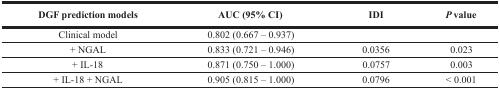
<table><thead><tr><td colspan="2"><b>DGF prediction models</b></td><td><b>AUC (95% CI)</b></td><td><b>IDI</b></td><td><b><i>P</i> value</b></td></tr></thead><tbody><tr><td colspan="2"><b>Clinical model</b></td><td>0.802 (0.667 – 0.937)</td><td></td><td></td></tr><tr><td></td><td>+ NGAL</td><td>0.833 (0.721 – 0.946)</td><td>0.0356</td><td>0.023</td></tr><tr><td></td><td>+ IL-18</td><td>0.871 (0.750 – 1.000)</td><td>0.0757</td><td>0.003</td></tr><tr><td></td><td>+ IL-18 + NGAL</td><td>0.905 (0.815 – 1.000)</td><td>0.0796</td><td>&lt; 0.001</td></tr></tbody></table>